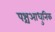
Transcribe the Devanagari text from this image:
पश्चआधुनिक